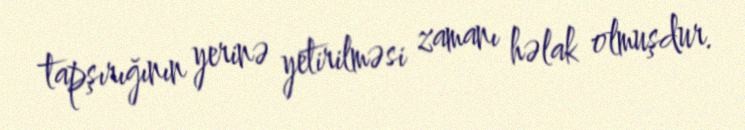
tapşırığının yerinə yetirilməsi zamanı həlak olmuşdur.